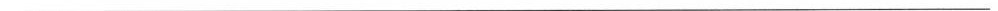
___